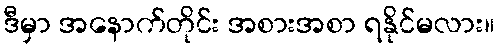
ဒီမှာ အနောက်တိုင်း အစားအစာ ရနိုင်မလား။